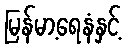
မြန်မာ့ရေနံနှင့်